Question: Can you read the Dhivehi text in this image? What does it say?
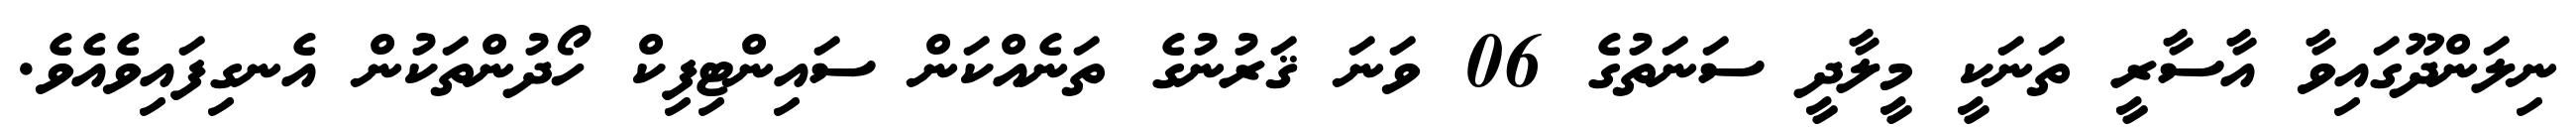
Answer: ނިލަންދޫގައިވާ އާސާރީ ތަނަކީ މީލާދީ ސަނަތުގެ 06 ވަނަ ޤަރުނުގެ ތަނެއްކަން ސައިންޓިފިކް ހޯދުންތަކުން އެނގިފައިވެއެވެ.